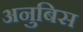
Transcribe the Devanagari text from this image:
अनुबिस